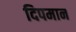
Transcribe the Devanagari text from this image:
दिपमान